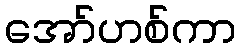
အော်ဟစ်ကာ